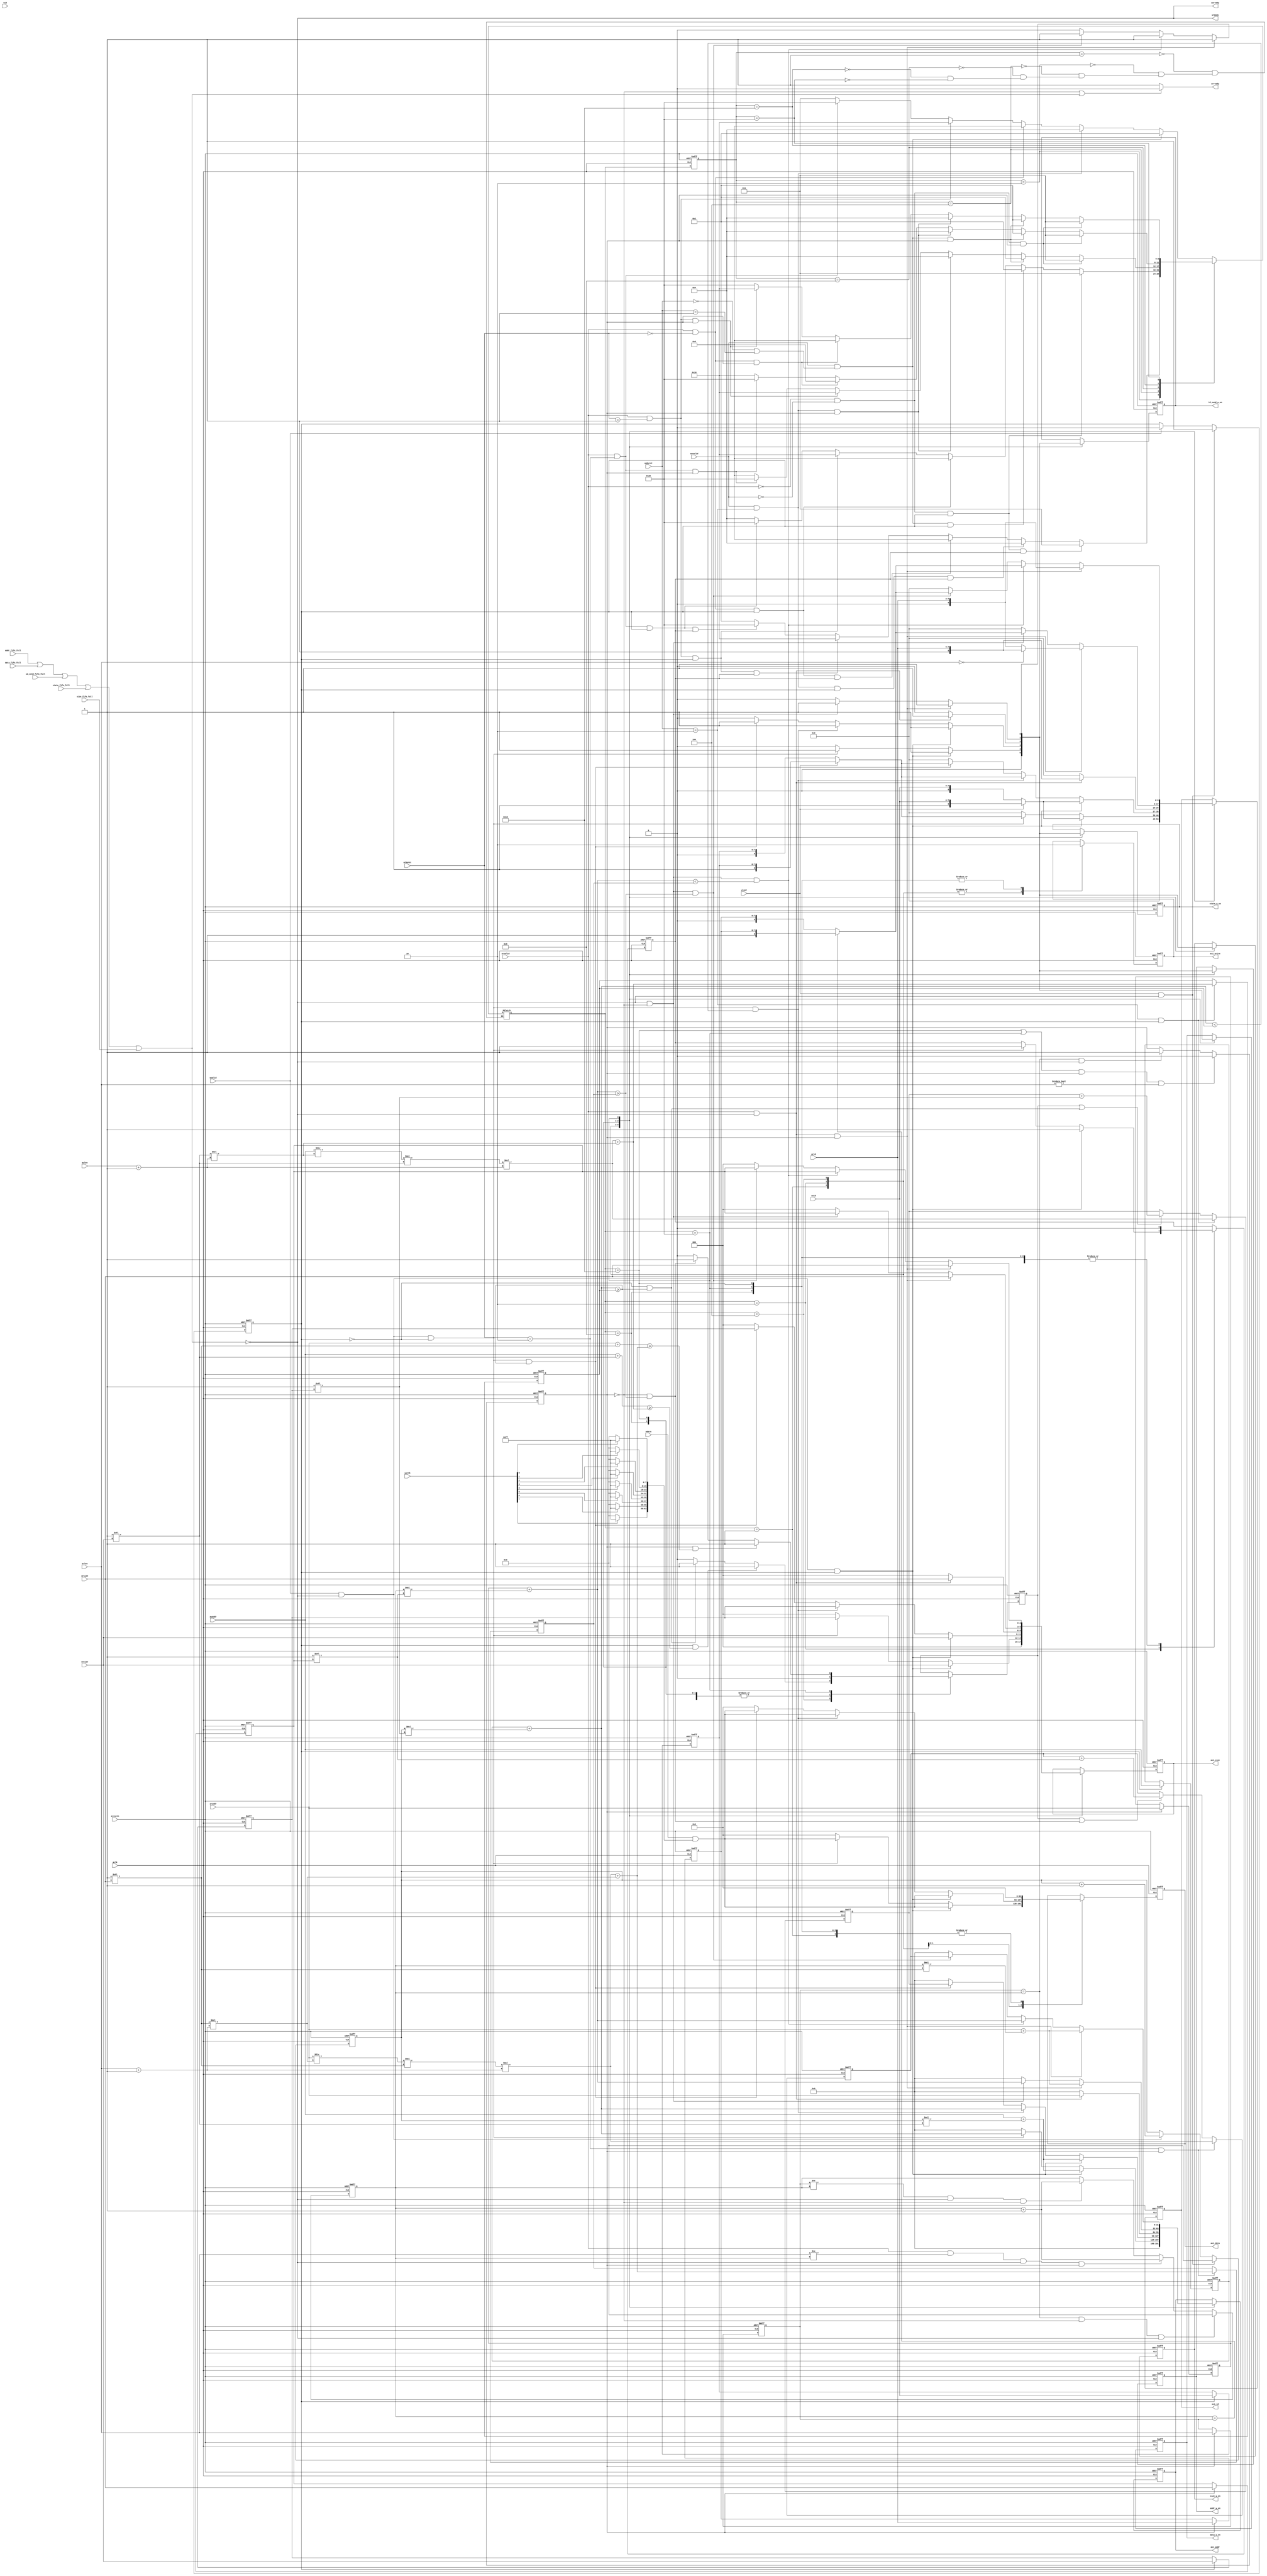
module axi2fifo(
	input					aclk,
	input					aresetn,
	//aw channel
	input		[7:0]		awid,
	input		[31:0]		awaddr,
	input		[7:0]		awlen,
	input		[2:0]		awsize,
	input		[1:0]		awburst,
	input					awvalid,
	output 					awready,
	//w channel
	input		[7:0]		wid,
	input		[63:0]		wdata,
	input		[7:0]		wstrb,
	input					wlast,
	input					wvalid,
	output 					wready,
	//ar channel
	input		[7:0]		arid,
	input		[31:0]		araddr,
	input		[7:0]		arlen,
	input		[2:0]		arsize,
	input		[1:0]		arburst,
	input					arvalid,
	output 					arready,
	//addr fifo in
	output reg	[31:0]		axi_addr,
	output reg				addr_w_en,
	input					addr_fifo_full,
	//data fifo in
	output reg	[63:0]		axi_data,
	output reg				data_w_en,
	input					data_fifo_full,
	//write fifo in
	output reg				axi_write,
	output reg				state_w_en,
	input					state_fifo_full,
	//id_send fifo in
	output reg	[8:0]		axi_id,
	output reg				id_send_w_en,
	input					id_send_fifo_full,
	//size fifo
	output reg	[2:0]		axi_size,
	output reg				size_w_en,
	input					size_fifo_full
);//rlast state set at highest bit of id fifo

	parameter
						IDLE 		= 6'b000001,
						WRITE		= 6'b000010,
						WRITE_WRAP	= 6'b000100,
						READ		= 6'b001000,
						READ_INCR	= 6'b010000,
						READ_WRAP	= 6'b100000;

	//aw channel
	reg		[7:0]		awid_reg;
	reg		[31:0]		awaddr_reg;
	reg		[7:0]		awlen_reg;
	reg		[2:0]		awsize_reg;
	reg		[1:0]		awburst_reg;
	reg					awvalid_reg;
	//ar channel
	reg		[7:0]		arid_reg;
	reg		[31:0]		araddr_reg;
	reg		[7:0]		arlen_reg;
	reg		[2:0]		arsize_reg;
	reg		[1:0]		arburst_reg;
	reg					arvalid_reg;

	reg 				write_finished,read_finished;

	reg 	[7:0]		awlen_temp;
	reg 	[7:0]		arlen_temp;
	reg     [31:0]		waddr_upper_bound,waddr_lower_bound,raddr_upper_bound,raddr_lower_bound;
	reg					lower_bound_shift;

	reg		[5:0]		cstate,nstate;
	
	reg					single_write_flag;

	wire 	[63:0]		data_mask;

	wire 				fifo_access;
	
	assign fifo_access = addr_fifo_full|data_fifo_full|id_send_fifo_full|state_fifo_full|size_fifo_full;

	assign data_mask[7:0] = wstrb[0]?8'b1111_1111:8'b0000_0000;
	assign data_mask[15:8] = wstrb[1]?8'b1111_1111:8'b0000_0000;
	assign data_mask[23:16] = wstrb[2]?8'b1111_1111:8'b0000_0000;
	assign data_mask[31:24] = wstrb[3]?8'b1111_1111:8'b0000_0000;
	assign data_mask[39:32] = wstrb[4]?8'b1111_1111:8'b0000_0000;
	assign data_mask[47:40] = wstrb[5]?8'b1111_1111:8'b0000_0000;
	assign data_mask[55:48] = wstrb[6]?8'b1111_1111:8'b0000_0000;
	assign data_mask[63:56] = wstrb[7]?8'b1111_1111:8'b0000_0000;

	//write control
	always@(posedge aclk or negedge aresetn)
		if(!aresetn)
			write_finished <= 1'b1;
		else if(wlast == 1'b1 && fifo_access == 1'b0)
			write_finished <= 1'b1;
		else if(wvalid == 1'b1)
			write_finished <= 1'b0;
		else
			write_finished <= write_finished;

	always@(posedge aclk or negedge aresetn)
		if(!aresetn)begin
			awid_reg <= 8'b0;
			awaddr_reg <= 32'b0;
			awlen_reg <= 8'b0;
			awsize_reg <= 3'b0;
			awburst_reg <= 2'b0;	
		end
		else if(write_finished == 1'b1)begin
			awid_reg <= awid;
			awaddr_reg <= awaddr;
			awlen_reg <= awlen;
			awsize_reg <= awsize;
			awburst_reg <= awburst;
		end

	always@(posedge aclk or negedge aresetn)
		if(!aresetn)begin
			waddr_upper_bound <= 32'b0;
			waddr_lower_bound <= 32'b0;
		end
		else if(awburst == 2'b10 && write_finished == 1'b1)begin
			waddr_lower_bound <= (awaddr/((8'd1<<awsize)*(awlen+1'b1)))*(8'd1<<awsize)*(awlen+1'b1);
			waddr_upper_bound <= (awaddr/((8'd1<<awsize)*(awlen+1'b1)))*(8'd1<<awsize)*(awlen+1'b1) + (8'd1<<awsize)*(awlen+1'b1);
		end
		else if(lower_bound_shift == 1'b1 || (write_finished == 1'b0 && (awaddr_reg + awlen_temp*(8'b1<<awsize_reg) >= waddr_upper_bound)))
			waddr_lower_bound <= waddr_lower_bound + (8'b1<<awsize_reg);

	always@(posedge aclk or negedge aresetn)
		if(!aresetn)
			awlen_temp <= 8'b0;
		else if(wlast == 1'b1 && fifo_access == 1'b0)
			awlen_temp <= 8'b0;
		else if(wvalid == 1'b1 && fifo_access == 1'b0)
			awlen_temp <= awlen_temp + 1'b1;
		else
			awlen_temp <= awlen_temp;

	assign awready = ~fifo_access;
	assign wready = ~fifo_access;	
	
	//read control
	always@(posedge aclk or negedge aresetn)
		if(!aresetn)
			read_finished <= 1'b1;
		else if((nstate == READ_INCR || nstate == READ_WRAP) && read_finished == 1'b1 && arlen != 8'b0)
			read_finished <= 1'b0;
		else if(arlen_reg == arlen_temp && fifo_access == 1'b0)
			read_finished <= 1'b1;
		else
			read_finished <= read_finished;

	always@(posedge aclk or negedge aresetn)
		if(!aresetn)begin
			arid_reg <= 8'b0;
			araddr_reg <= 32'b0;
			arlen_reg <= 8'b0;
			arsize_reg <= 3'b0;
			arburst_reg <= 2'b0;	
		end
		else if(read_finished == 1'b1)begin
			arid_reg <= arid;
			araddr_reg <= araddr;
			arlen_reg <= arlen;
			arsize_reg <= arsize;
			arburst_reg <= arburst;
		end

	always@(posedge aclk or negedge aresetn)
		if(!aresetn)
			arlen_temp <= 8'b0;
		else if(arlen_reg == arlen_temp && read_finished == 1'b0 && fifo_access == 1'b0)
			arlen_temp <= 8'b0;
		else if(arvalid == 1'b1 && arlen != arlen_temp && fifo_access == 1'b0 && read_finished == 1'b1)
			arlen_temp <= arlen_temp + 1'b1;
		else if(arlen_reg != arlen_temp && fifo_access == 1'b0 && read_finished == 1'b0)
			arlen_temp <= arlen_temp + 1'b1;
		else
			arlen_temp <= arlen_temp;

	always@(posedge aclk or negedge aresetn)
		if(!aresetn)begin
			raddr_upper_bound <= 32'b0;
			raddr_lower_bound <= 32'b0;
		end
		else if(arburst == 2'b10 && read_finished == 1'b1)begin
			raddr_lower_bound <= (araddr/((8'd1<<arsize)*(arlen+1'b1)))*(8'd1<<arsize)*(arlen+1'b1);
			raddr_upper_bound <= (araddr/((8'd1<<arsize)*(arlen+1'b1)))*(8'd1<<arsize)*(arlen+1'b1) + (8'd1<<arsize)*(arlen+1'b1);
		end
		else if(lower_bound_shift == 1'b1 || (read_finished == 1'b0 && (araddr_reg + arlen_temp*(8'b1<<arsize_reg) >= raddr_upper_bound)))
			raddr_lower_bound <= raddr_lower_bound + (1'b1<<arsize_reg);


	assign arready = (read_finished == 1'b0||fifo_access == 1'b1)?1'b0:1'b1;

	//state machine
	always@(posedge aclk or negedge aresetn)
		if(!aresetn)
			cstate <= IDLE;
		else
			cstate <= nstate;

	always@(*)
		case(cstate)
			IDLE:begin
				if(awvalid == 1'b1 && (awburst == 2'b0 || awburst == 2'b1))
					nstate = WRITE;
				else if(awvalid == 1'b1 && awburst == 2'b10)
					nstate = WRITE_WRAP;
				else if(arvalid == 1'b1 && arburst == 2'b0)
					nstate = READ;
				else if(arvalid == 1'b1 && arburst == 2'b1)
					nstate = READ_INCR;
				else if(arvalid == 1'b1 && arburst == 2'b10)
					nstate = READ_WRAP;
				else
					nstate = IDLE;
			end
			WRITE:begin
				if(arvalid == 1'b0 && awvalid == 1'b0 && write_finished == 1'b1 && single_write_flag == 1'b1)
					nstate = IDLE;
				else if(awvalid == 1'b1 && awburst == 2'b10 && write_finished == 1'b1 && single_write_flag == 1'b1)
					nstate = WRITE_WRAP;
				else if(arvalid == 1'b1 && arburst == 2'b0 && write_finished == 1'b1 && single_write_flag == 1'b1)
					nstate = READ;
				else if(arvalid == 1'b1 && arburst == 2'b1 && write_finished == 1'b1 && single_write_flag == 1'b1)
					nstate = READ_INCR;
				else if(arvalid == 1'b1 && arburst == 2'b10 && write_finished == 1'b1 && single_write_flag == 1'b1)
					nstate = READ_WRAP;
				else
					nstate = WRITE;	
			end
			WRITE_WRAP:begin
				if(arvalid == 1'b0 && awvalid == 1'b0 && write_finished == 1'b1)
					nstate = IDLE;
				else if(awvalid == 1'b1 && (awburst == 2'b0 || awburst == 2'b1) && write_finished == 1'b1)
					nstate = WRITE;
				else if(arvalid == 1'b1 && arburst == 2'b0 && write_finished == 1'b1)
					nstate = READ;
				else if(arvalid == 1'b1 && arburst == 2'b1 && write_finished == 1'b1)
					nstate = READ_INCR;
				else if(arvalid == 1'b1 && arburst == 2'b10 && write_finished == 1'b1)
					nstate = READ_WRAP;
				else
					nstate = WRITE_WRAP;	
			end
			READ:begin
				if(arvalid == 1'b0 && awvalid == 1'b0 && read_finished == 1'b1)
					nstate = IDLE;
				else if(awvalid == 1'b1 && (awburst == 2'b0 || awburst == 2'b1) && read_finished == 1'b1)
					nstate = WRITE;
				else if(awvalid == 1'b1 && awburst == 2'b10 && read_finished == 1'b1)
					nstate = WRITE_WRAP;
				else if(arvalid == 1'b1 && arburst == 2'b1 && read_finished == 1'b1)
					nstate = READ_INCR;
				else if(arvalid == 1'b1 && arburst == 2'b10 && read_finished == 1'b1)
					nstate = READ_WRAP;
				else
					nstate = READ;	
			end
			READ_INCR:begin
				if(arvalid == 1'b0 && awvalid == 1'b0 && read_finished == 1'b1)
					nstate = IDLE;
				else if(awvalid == 1'b1 && (awburst == 2'b0 || awburst == 2'b1) && read_finished == 1'b1)
					nstate = WRITE;
				else if(awvalid == 1'b1 && awburst == 2'b10 && read_finished == 1'b1)
					nstate = WRITE_WRAP;
				else if(arvalid == 1'b1 && arburst == 2'b0 && read_finished == 1'b1)
					nstate = READ;
				else if(arvalid == 1'b1 && arburst == 2'b10 && read_finished == 1'b1)
					nstate = READ_WRAP;
				else
					nstate = READ_INCR;	
			end
			READ_WRAP:begin
				if(arvalid == 1'b0 && awvalid == 1'b0 && read_finished == 1'b1)
					nstate = IDLE;
				else if(awvalid == 1'b1 && (awburst == 2'b0 || awburst == 2'b1) && read_finished == 1'b1)
					nstate = WRITE;
				else if(awvalid == 1'b1 && awburst == 2'b10 && read_finished == 1'b1)
					nstate = WRITE_WRAP;
				else if(arvalid == 1'b1 && arburst == 2'b0 && read_finished == 1'b1)
					nstate = READ;
				else if(arvalid == 1'b1 && arburst == 2'b1 && read_finished == 1'b1)
					nstate = READ_INCR;
				else
					nstate = READ_WRAP;	
			end
		endcase

	always@(posedge aclk or negedge aresetn)
		if(!aresetn)begin
			axi_addr <= 31'b0;
			axi_data <= 64'b0;
			axi_write <= 1'b1;
			axi_id <= 9'b0;
			axi_size <= 3'b0;
			addr_w_en <= 1'b0;
			data_w_en <= 1'b0;
			state_w_en <= 1'b0;
			id_send_w_en <= 1'b0;
			size_w_en <= 1'b0;
			lower_bound_shift <= 1'b0;
			single_write_flag <= 1'b0;
		end
		else
			case(nstate)
				IDLE:begin
					axi_addr <= 31'b0;
					axi_data <= 64'b0;
					axi_write <= 1'b1;
					axi_id <= 9'b0;
					axi_size <= 3'b0;
					addr_w_en <= 1'b0;
					data_w_en <= 1'b0;
					state_w_en <= 1'b0;
					id_send_w_en <= 1'b0;
					size_w_en <= 1'b0;
					lower_bound_shift <= 1'b0;
					single_write_flag <= 1'b0;
				end
				WRITE:begin
					lower_bound_shift <= 1'b0;
					if(wvalid == 1'b1 && fifo_access == 1'b0 && write_finished == 1'b1)begin
						addr_w_en <= 1'b1;
						data_w_en <= 1'b1;
						state_w_en <= 1'b1;
						id_send_w_en <= 1'b1;
						size_w_en <= 1'b1;
						axi_addr <= awaddr + awlen_temp*(8'b1<<awsize);
						axi_data <= wdata&data_mask;
						axi_write <= 1'b1;
						axi_size <= awsize;
						single_write_flag <= 1'b1;
						if(wlast == 1'b1)
							axi_id <= {1'b1,awid};
						else
							axi_id <= {1'b0,awid};
					end
					else if(wvalid == 1'b1 && fifo_access == 1'b0 && write_finished == 1'b0)begin
						addr_w_en <= 1'b1;
						data_w_en <= 1'b1;
						state_w_en <= 1'b1;
						id_send_w_en <= 1'b1;
						size_w_en <= 1'b1;
						axi_addr <= awaddr_reg + awlen_temp*(8'b1<<awsize_reg);
						axi_data <= wdata&data_mask;
						axi_write <= 1'b1;
						axi_size <= awsize_reg;
						single_write_flag <= 1'b1;
						if(wlast == 1'b1)
							axi_id <= {1'b1,awid_reg};
						else
							axi_id <= {1'b0,awid_reg};
					end
					else begin
						axi_addr <= 31'b0;
						axi_data <= 64'b0;
						axi_write <= 1'b1;
						axi_id <= 9'b0;
						axi_size <= 3'b0;
						addr_w_en <= 1'b0;
						data_w_en <= 1'b0;
						state_w_en <= 1'b0;
						id_send_w_en <= 1'b0;
						size_w_en <= 1'b0;
					end
				end
				WRITE_WRAP:begin
					single_write_flag <= 1'b0;
					if(write_finished == 1'b1 && (awaddr + (8'b1<<awsize) >= ((awaddr/((8'b1<<awsize)*(awlen+1'b1)))*(8'b1<<awsize)*(awlen+1'b1) + (8'b1<<awsize)*(awlen+1'b1))))
						lower_bound_shift <= 1'b1;
					else if(write_finished == 1'b0 && (awaddr_reg + awlen_temp*(8'b1<<awsize_reg) >= waddr_upper_bound))
						lower_bound_shift <= 1'b1;
					else
						lower_bound_shift <= 1'b0;
					if(wvalid == 1'b1 && fifo_access == 1'b0 && write_finished == 1'b1)begin
						addr_w_en <= 1'b1;
						data_w_en <= 1'b1;
						state_w_en <= 1'b1;
						id_send_w_en <= 1'b1;
						size_w_en <= 1'b1;
						axi_addr <= awaddr + awlen_temp*(8'b1<<awsize);
						axi_data <= wdata&data_mask;
						axi_write <= 1'b1;
						axi_size <= awsize;
						if(wlast == 1'b1)
							axi_id <= {1'b1,awid};
						else
							axi_id <= {1'b0,awid};
					end
					else if(wvalid == 1'b1 && fifo_access == 1'b0 && write_finished == 1'b0 && (awaddr_reg + awlen_temp*(8'b1<<awsize_reg) < waddr_upper_bound))begin
						addr_w_en <= 1'b1;
						data_w_en <= 1'b1;
						state_w_en <= 1'b1;
						id_send_w_en <= 1'b1;
						size_w_en <= 1'b1;
						axi_addr <= awaddr_reg + awlen_temp*(8'b1<<awsize_reg);
						axi_data <= wdata&data_mask;
						axi_write <= 1'b1;
						axi_size <= awsize_reg;
						if(wlast == 1'b1)
							axi_id <= {1'b1,awid_reg};
						else
							axi_id <= {1'b0,awid_reg};
					end
					else if(wvalid == 1'b1 && fifo_access == 1'b0 && write_finished == 1'b0 && (awaddr_reg + awlen_temp*(8'b1<<awsize_reg) >= waddr_upper_bound))begin
						addr_w_en <= 1'b1;
						data_w_en <= 1'b1;
						state_w_en <= 1'b1;
						id_send_w_en <= 1'b1;
						size_w_en <= 1'b1;
						axi_addr <= waddr_lower_bound;
						axi_data <= wdata&data_mask;
						axi_write <= 1'b1;
						axi_size <= awsize_reg;
						if(wlast == 1'b1)
							axi_id <= {1'b1,awid_reg};
						else
							axi_id <= {1'b0,awid_reg};
					end
					else begin
						axi_addr <= 31'b0;
						axi_data <= 64'b0;
						axi_write <= 1'b1;
						axi_id <= 9'b0;
						axi_size <= 3'b0;
						addr_w_en <= 1'b0;
						data_w_en <= 1'b0;
						state_w_en <= 1'b0;
						id_send_w_en <= 1'b0;
						size_w_en <= 1'b0;
					end
				end
				READ:begin
					single_write_flag <= 1'b0;
					lower_bound_shift <= 1'b0;
					if(arvalid == 1'b1 && fifo_access == 1'b0)begin
						addr_w_en <= 1'b1;
						data_w_en <= 1'b1;
						state_w_en <= 1'b1;
						id_send_w_en <= 1'b1;
						size_w_en <= 1'b1;
						axi_addr <= araddr;
						axi_data <= 64'b0;
						axi_write <= 1'b0;
						axi_size <= arsize;
						axi_id <= {1'b1,arid};
					end
					else begin
						axi_addr <= 31'b0;
						axi_data <= 64'b0;
						axi_write <= 1'b0;
						axi_id <= 9'b0;
						axi_size <= 3'b0;
						addr_w_en <= 1'b0;
						data_w_en <= 1'b0;
						state_w_en <= 1'b0;
						id_send_w_en <= 1'b0;
						size_w_en <= 1'b0;
					end
				end
				READ_INCR:begin
					single_write_flag <= 1'b0;
					lower_bound_shift <= 1'b0;
					if(arvalid == 1'b1 && fifo_access == 1'b0 && read_finished == 1'b1)begin
						addr_w_en <= 1'b1;
						data_w_en <= 1'b1;
						state_w_en <= 1'b1;
						id_send_w_en <= 1'b1;
						size_w_en <= 1'b1;
						axi_addr <= araddr + arlen_temp*(8'b1<<arsize);
						axi_data <= 64'b0;
						axi_write <= 1'b0;
						axi_size <= arsize;
						if(arlen == 8'b0)
							axi_id <= {1'b1,arid};
						else
							axi_id <= {1'b0,arid};
					end
					else if(fifo_access == 1'b0 && read_finished == 1'b0)begin
						addr_w_en <= 1'b1;
						data_w_en <= 1'b1;
						state_w_en <= 1'b1;
						id_send_w_en <= 1'b1;
						size_w_en <= 1'b1;
						axi_addr <= araddr_reg + arlen_temp*(8'b1<<arsize_reg);
						axi_data <= 64'b0;
						axi_write <= 1'b0;
						axi_size <= arsize_reg;
						if(arlen_temp == arlen_reg)
							axi_id <= {1'b1,arid_reg};
						else
							axi_id <= {1'b0,arid_reg};
					end
					else begin
						axi_addr <= 31'b0;
						axi_data <= 64'b0;
						axi_write <= 1'b0;
						axi_id <= 9'b0;
						axi_size <= 3'b0;
						addr_w_en <= 1'b0;
						data_w_en <= 1'b0;
						state_w_en <= 1'b0;
						id_send_w_en <= 1'b0;
						size_w_en <= 1'b0;
					end
				end
				READ_WRAP:begin
					single_write_flag <= 1'b0;
					if(read_finished == 1'b1 && (araddr + (8'b1<<arsize) >= ((araddr/((8'b1<<arsize)*(arlen+1'b1)))*(8'b1<<arsize)*(arlen+1'b1) + (8'b1<<arsize)*(arlen+1'b1))))
						lower_bound_shift <= 1'b1;
					else if(read_finished == 1'b0 && (araddr_reg + arlen_temp*(8'b1<<arsize_reg) >= raddr_upper_bound))
						lower_bound_shift <= 1'b1;
					else
						lower_bound_shift <= 1'b0;
					if(arvalid == 1'b1 && fifo_access == 1'b0 && read_finished == 1'b1)begin
						addr_w_en <= 1'b1;
						data_w_en <= 1'b1;
						state_w_en <= 1'b1;
						id_send_w_en <= 1'b1;
						size_w_en <= 1'b1;
						axi_addr <= araddr + arlen_temp*(8'b1<<arsize);
						axi_data <= 64'b0;
						axi_write <= 1'b0;
						axi_size <= arsize;	
						axi_id <= {1'b0,arid};
					end
					else if(fifo_access == 1'b0 && read_finished == 1'b0 && (araddr_reg + arlen_temp*(8'b1<<arsize_reg) < raddr_upper_bound))begin
						addr_w_en <= 1'b1;
						data_w_en <= 1'b1;
						state_w_en <= 1'b1;
						id_send_w_en <= 1'b1;
						size_w_en <= 1'b1;
						axi_addr <= araddr_reg + arlen_temp*(8'b1<<arsize_reg);
						axi_data <= 64'b0;
						axi_write <= 1'b0;
						axi_size <= arsize_reg;
						if(arlen_temp == arlen_reg)
							axi_id <= {1'b1,arid_reg};
						else
							axi_id <= {1'b0,arid_reg};
					end
					else if(fifo_access == 1'b0 && read_finished == 1'b0 && (araddr_reg + arlen_temp*(8'b1<<arsize_reg) >= raddr_upper_bound))begin
						addr_w_en <= 1'b1;
						data_w_en <= 1'b1;
						state_w_en <= 1'b1;
						id_send_w_en <= 1'b1;
						size_w_en <= 1'b1;
						axi_addr <= raddr_lower_bound;
						axi_data <= 64'b0;
						axi_write <= 1'b0;
						axi_size <= arsize_reg;
						if(arlen_temp == arlen_reg)
							axi_id <= {1'b1,arid_reg};
						else
							axi_id <= {1'b0,arid_reg};
					end
					else begin
						axi_addr <= 31'b0;
						axi_data <= 64'b0;
						axi_write <= 1'b0;
						axi_id <= 9'b0;
						axi_size <= 3'b0;
						addr_w_en <= 1'b0;
						data_w_en <= 1'b0;
						state_w_en <= 1'b0;
						id_send_w_en <= 1'b0;
						size_w_en <= 1'b0;
					end
				end
			endcase

endmodule